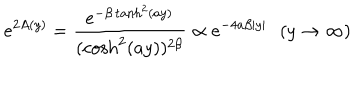
LaTeX: e ^ { 2 A ( y ) } = \frac { e ^ { - \beta \tanh ^ { 2 } ( a y ) } } { ( \cosh ^ { 2 } ( a y ) ) ^ { 2 \beta } } \propto e ^ { - 4 a \beta | y | } \, \, \, \, ( y \rightarrow \infty )